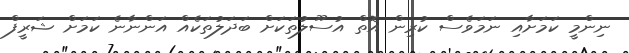
ނިންމީ ކަމަށާއި ނަމަވެސް ކުރިން އޮތް އުސޫލުތަކަށް ބަދަލުތަކެއް އަންނާނެ ކަމަށް ޝަރީފް